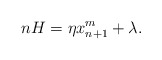
\begin{align*}nH=\eta x_{n+1}^m+\lambda.\end{align*}